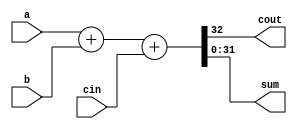
module adder(cout, sum, a, b, cin);

	input [31:0] a, b;
	input cin;
	output [31:0] sum;
	output cout;

	assign {cout,sum} = a+b+cin;

endmodule